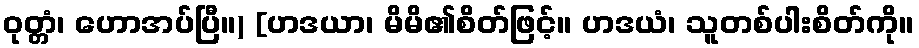
ဝုတ္တံ၊ ဟောအပ်ပြီ။) [ဟဒယာ၊ မိမိ၏စိတ်ဖြင့်။ ဟဒယံ၊ သူတစ်ပါးစိတ်ကို။